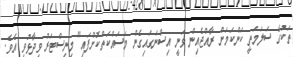
ތަކުގެ ސަލަމަތީ ކަންކަމަށް ރާއްޖެއިން ވަނީ އިސްނަގައިގެން މަސައްކަތްކޮށްފައި" މިނިސްޓަރު ވިދާޅުވި އެވެ.